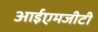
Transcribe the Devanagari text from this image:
आईएमजीटी